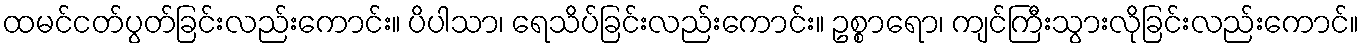
ထမင်ငတ်ပွတ်ခြင်းလည်းကောင်း။ ပိပါသာ၊ ရေသိပ်ခြင်းလည်းကောင်း။ ဥစ္စာရော၊ ကျင်ကြီးသွားလိုခြင်းလည်းကောင်။